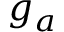
g _ { a }